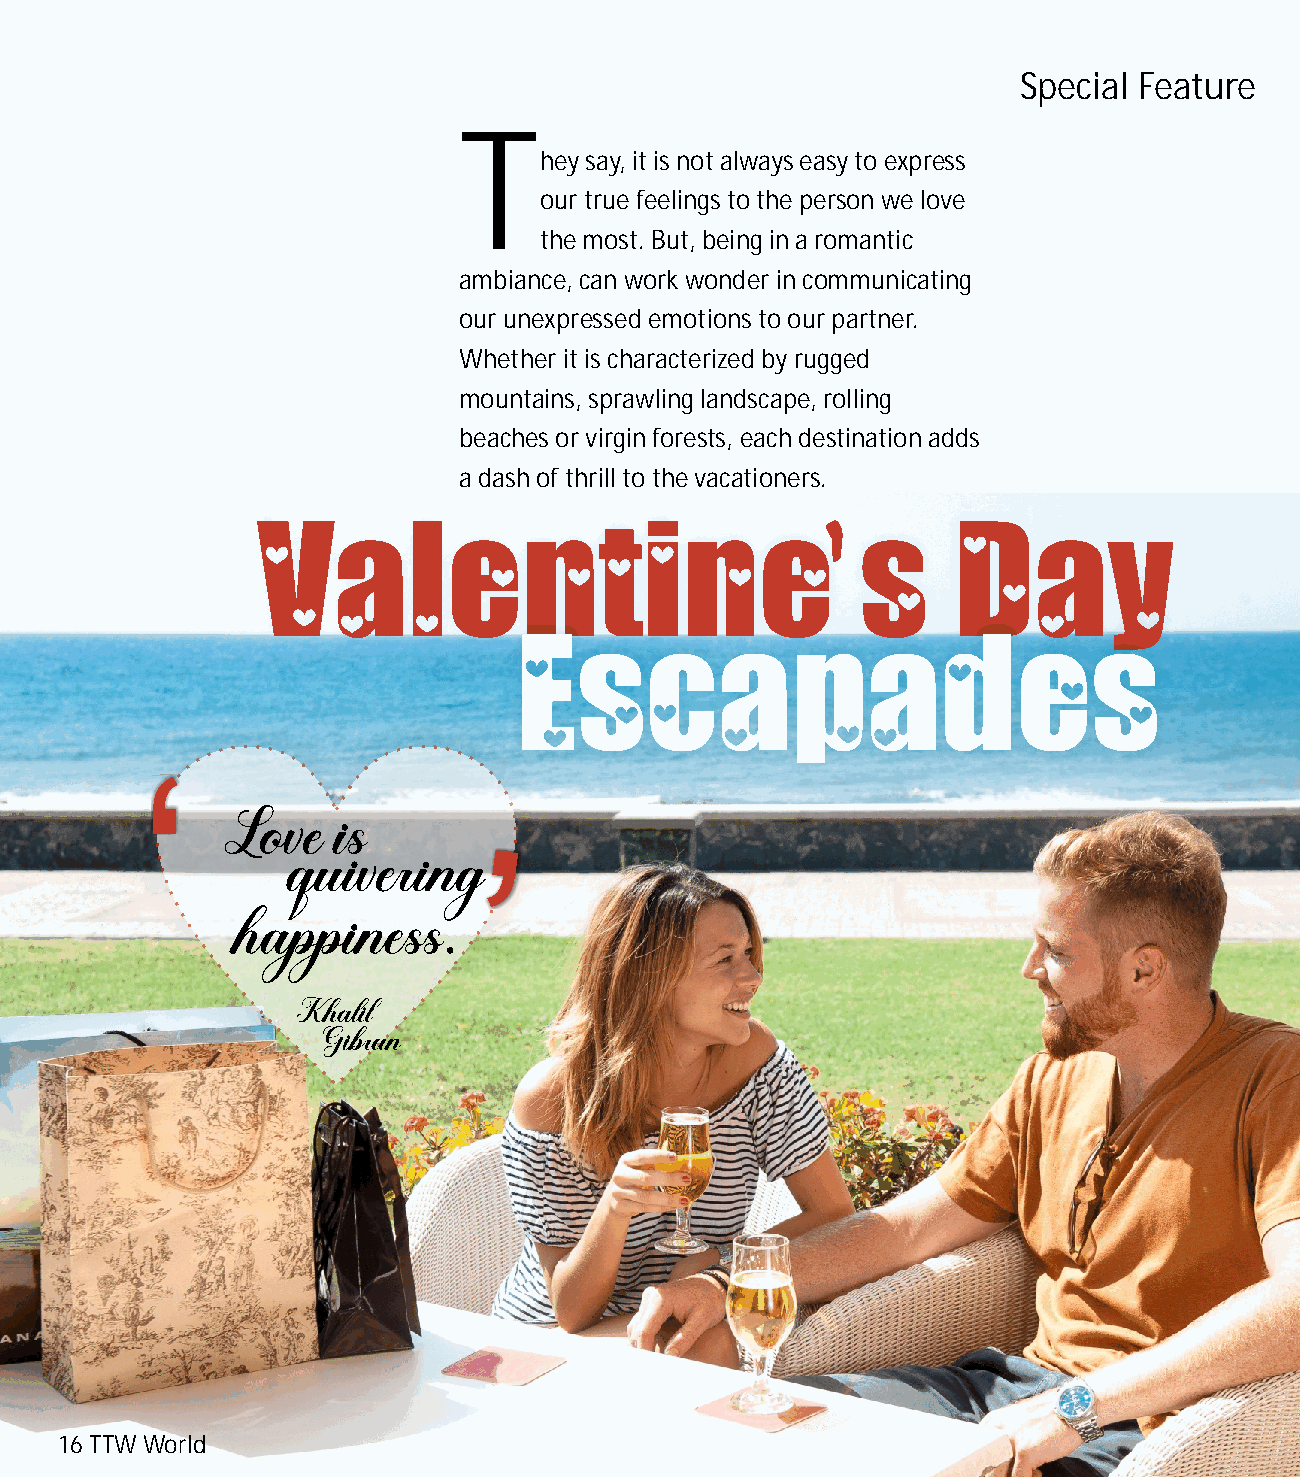
Special Feature
 T
 hey say, it is not always easy to express
 our true feelings to the person we love
 the most. But, being in a romantic
 ambiance, can work wonder in communicating
 our unexpressed emotions to our partner.
 Whether it is characterized by rugged
 mountains, sprawling landscape, rolling
 beaches or virgin forests, each destination adds
 a dash of thrill to the vacationers.
 16 TTW World